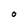
Character: O